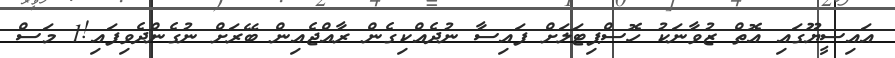
އައިސީޔޫގައި އޮތް ޒުވާނަކު ހޮސްޕިޓަލަށް ފައިސާ ނުދެއްކިގެން ރާއްޖެއިން ބޭރަށް ނުގެންދެވިފައި!1 މަސް